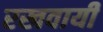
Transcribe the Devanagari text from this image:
रखवायी